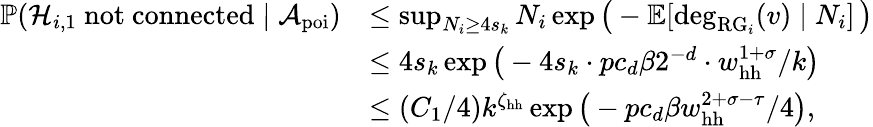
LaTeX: \begin{array}{rl}{\mathbb{P}({\mathcal H}_{i,1}\mathrm{~not~connected}\mid{\mathcal A}_{\mathrm{poi}})}&{\le\operatorname*{sup}_{N_{i}\ge 4s_{k}}N_{i}\exp\big(-\mathbb E[\deg_{\mathrm{RG}_{i}}(v)\mid N_{i}]\, \big)}\\ &{\le 4s_{k}\exp\big(-4s_{k}\cdot pc_{d}\beta 2^{-d}\cdot w_{\mathrm{hh}}^{1+\sigma}/k\big)}\\ &{\le(C_{1}/4)k^{\zeta_{\mathrm{hh}}}\exp\big(-pc_{d}\beta w_{\mathrm{hh}}^{2+\sigma-\tau}/4\big),}\end{array}